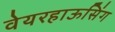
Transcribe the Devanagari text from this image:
वेयरहाऊसिंग